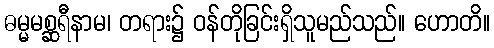
ဓမ္မမစ္ဆရီနာမ၊ တရား၌ ဝန်တိုခြင်းရှိသူမည်သည်။ ဟောတိ။